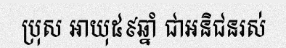
ប្រុស អាយុ៥៩ឆ្នាំ ជាអនិជនរស់